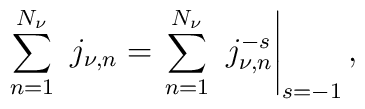
\sum_{n=1}^{N_{\nu}} \ j_{\nu,n} =  \left. \sum_{n=1}^{N_{\nu}} \ j_{\nu,n}^{-s} \right|_{s=-1},